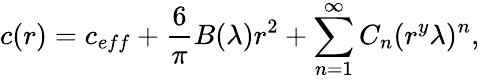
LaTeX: c(r)=c_{eff}+\frac{6}{\pi}B(\lambda)r^{2}+\sum_{n=1}^{\infty}{C}_{n}(r^{y}\lambda)^{n},